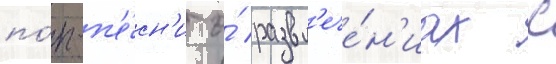
по́п-п'е́сн'и о́ развл'ече́н'иах с